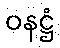
ဝနဋ္ဌံ